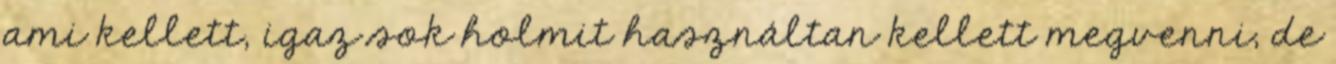
ami kellett, igaz sok holmit használtan kellett megvenni, de